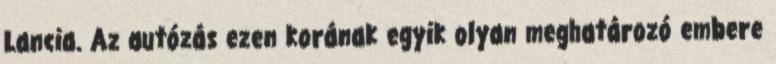
Lancia. Az autózás ezen korának egyik olyan meghatározó embere